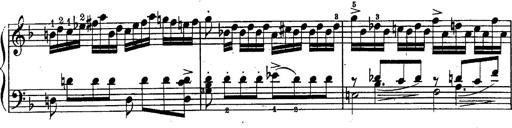
Title: Schubert's Impromptus [revised and edited by Franz Liszt]
Composer: Franz Liszt